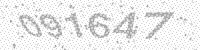
Solution: 091647